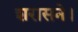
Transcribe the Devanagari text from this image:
शरासने।